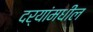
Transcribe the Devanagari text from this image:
दर्‍यांमधील